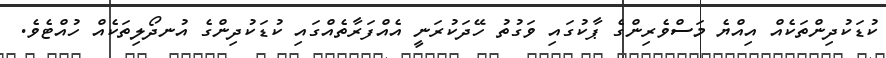
ކުޑަކުދިންތަކެއް އިއްޔެ މަސްވެރިންގެ ޕާކުގައި ވަގުތު ހޭދަކުރަނީ އެއްފަރާތެއްގައި ކުޑަކުދިންގެ އުނދޯލިތަކެއް ހުއްޓެވެ.